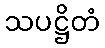
သပဋ္ဌိတံ